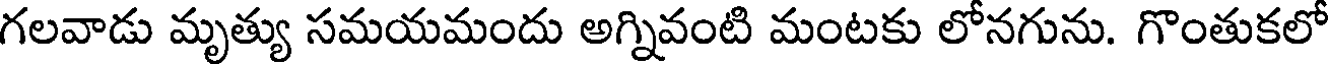
గలవాడు మృత్యు సమయమందు అగ్నివంటి మంటకు లోనగును. గొంతుకలో